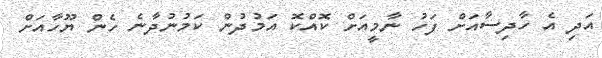
އަދި އެ ހާދިސާއަށް ފަހު ނާމީއަށް ކޮއްކޮ އަމުދުން ކަމުނުދާނެ ހެން ޔޫހާއަށް